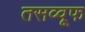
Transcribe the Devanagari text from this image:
तसव्वूफ